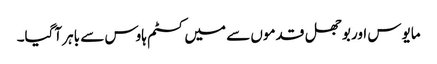
مایوس اور بوجھل قدموں سے میں کسٹم ہاوس سے باہر آگیا۔